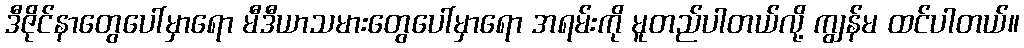
ဒီဇိုင်နာတွေပေါ်မှာရော မီဒီယာသမားတွေပေါ်မှာရော အရမ်းကို မူတည်ပါတယ်လို့ ကျွန်မ ထင်ပါတယ်။